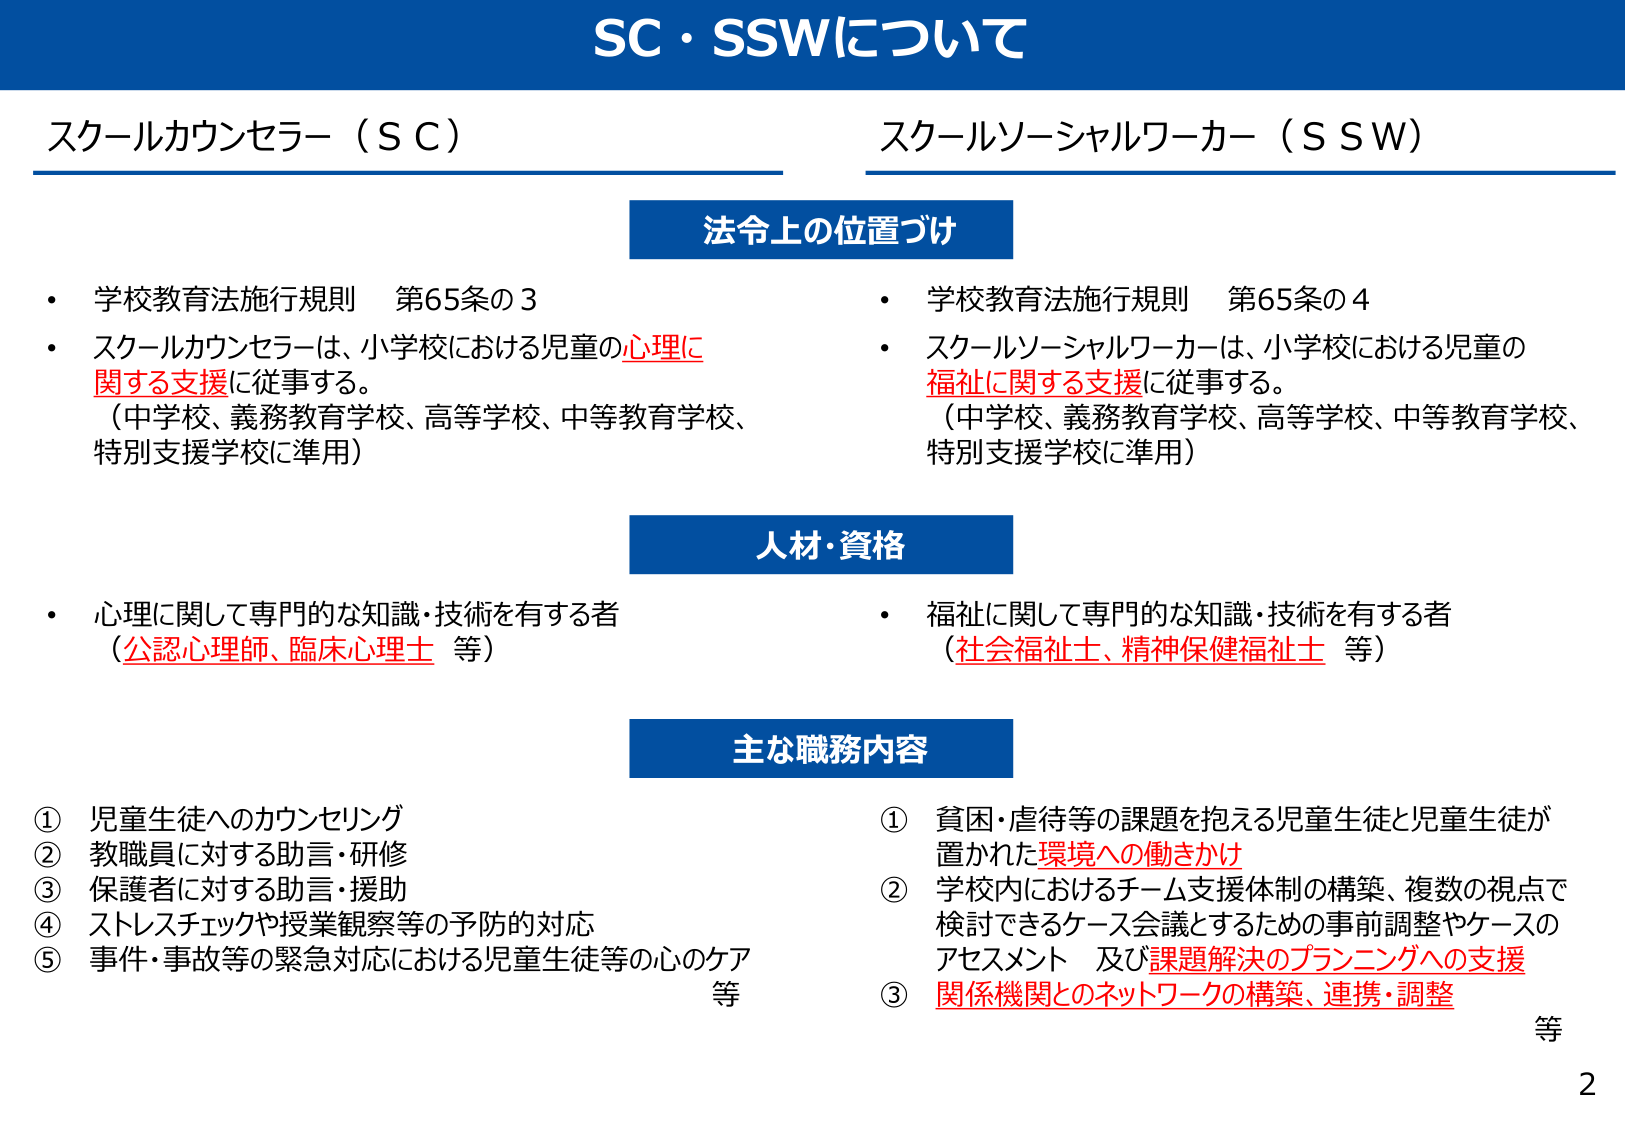
SC・SSWについて

スクールカウンセラー（ＳＣ）　　　　　　　　　　　　　　　スクールソーシャルワーカー（ＳＳＷ）

法令上の位置づけ

・学校教育法施行規則　第65条の3
・スクールカウンセラーは、小学校における児童の心理に関する支援に従事する。
（中学校、義務教育学校、高等学校、中等教育学校、特別支援学校に準用）

・学校教育法施行規則　第65条の4
・スクールソーシャルワーカーは、小学校における児童の福祉に関する支援に従事する。
（中学校、義務教育学校、高等学校、中等教育学校、特別支援学校に準用）

人材・資格

・心理に関して専門的な知識・技術を有する者
（公認心理師、臨床心理士　等）

・福祉に関して専門的な知識・技術を有する者
（社会福祉士、精神保健福祉士　等）

主な職務内容

① 児童生徒へのカウンセリング
② 教職員に対する助言・研修
③ 保護者に対する助言・援助
④ ストレスチェックや授業観察等の予防的対応
⑤ 事件・事故等の緊急対応における児童生徒等の心のケア　等

① 貧困・虐待等の課題を抱える児童生徒と児童生徒が置かれた環境への働きかけ
② 学校内におけるチーム支援体制の構築、複数の視点で検討できるケース会議とするための事前調整やケースのアセスメント　及び課題解決のプランニングへの支援
③ 関係機関とのネットワークの構築、連携・調整　等

2